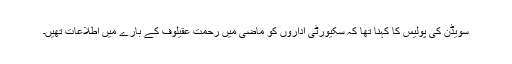
سویڈن کی پولیس کا کہنا تھا کہ سکیورٹی اداروں کو ماضی میں رحمت عقیلوف کے بارے میں اطلاعات تھیں۔